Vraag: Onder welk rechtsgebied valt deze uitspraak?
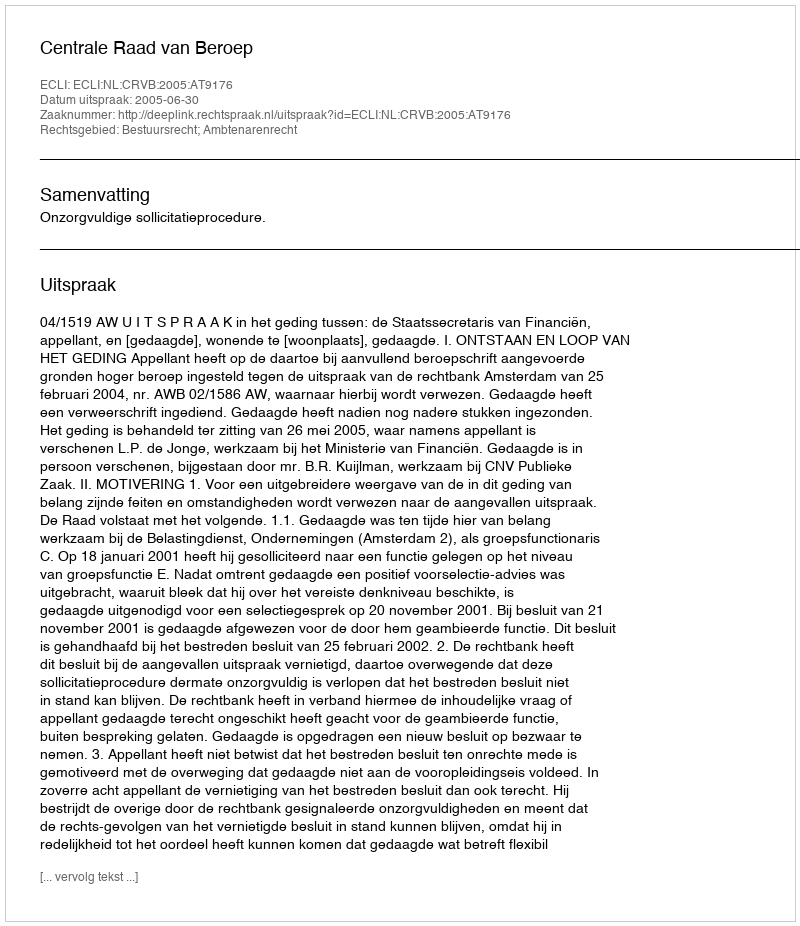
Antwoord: Bestuursrecht; Ambtenarenrecht